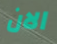
الان